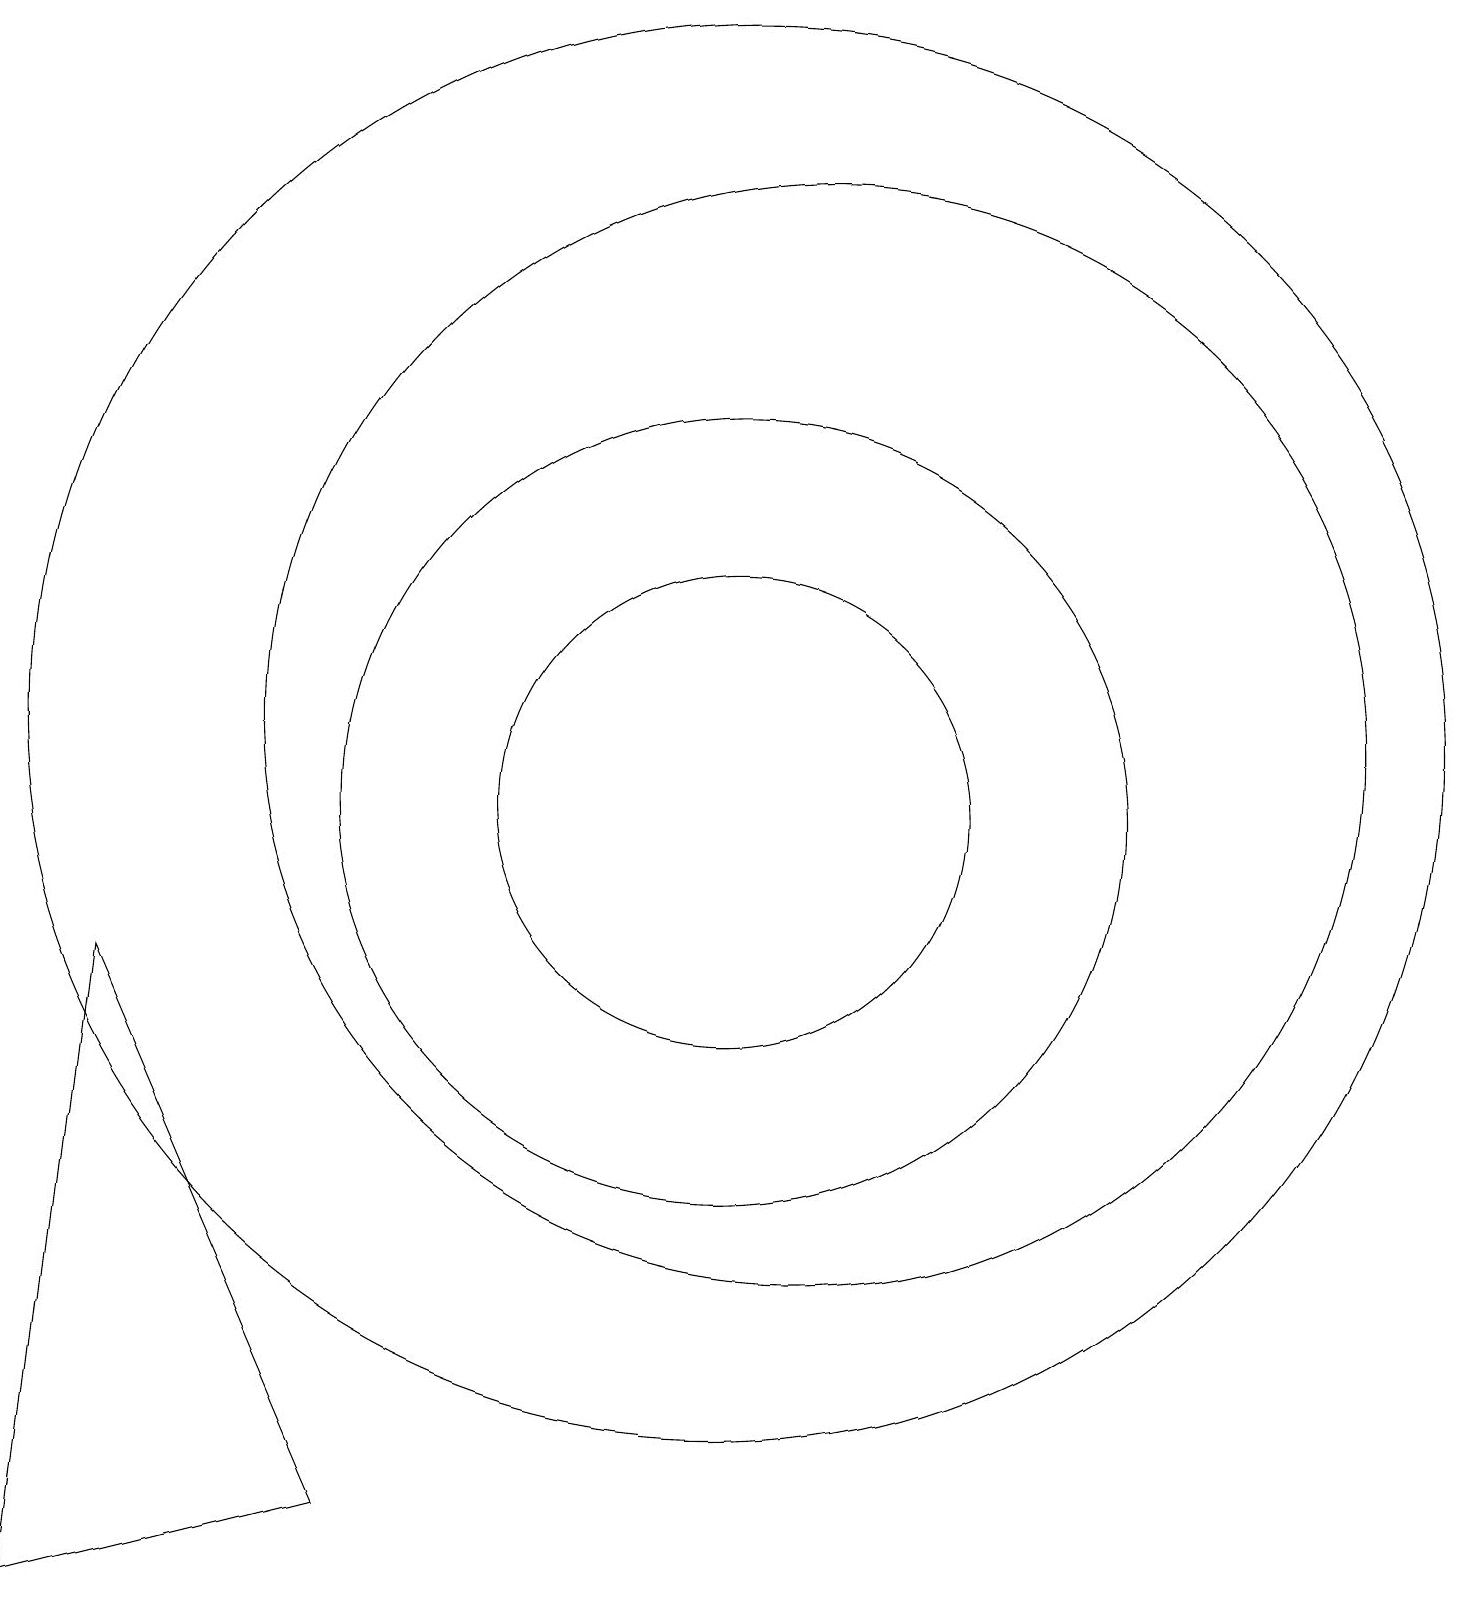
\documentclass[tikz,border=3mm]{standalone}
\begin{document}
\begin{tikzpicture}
\draw (11,11) circle (7);
\draw (10,10) circle (3);
\draw (10,11) circle (9);
\draw (10,10) circle (5);
\draw (1,0) -- (5,1) -- (2,8) -- cycle;
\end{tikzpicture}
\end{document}